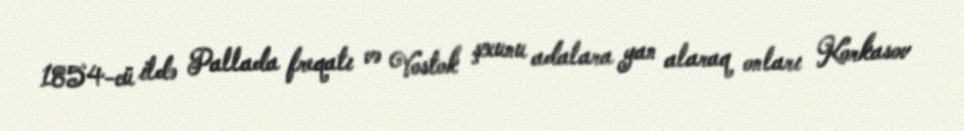
1854-cü ildə Pallada freqatı və Vostok şxunu adalara yan alaraq onları Korkasov